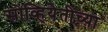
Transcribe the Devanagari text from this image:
सोव्हियेतीच्या